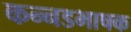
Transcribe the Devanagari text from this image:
कन्‍नडभाषक